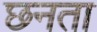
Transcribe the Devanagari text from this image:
छनता